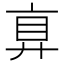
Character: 𢍓